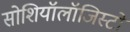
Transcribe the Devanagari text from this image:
सोशियॉलॉजिस्टों